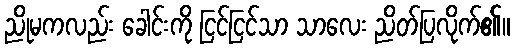
ညိုမကလည်း ခေါင်းကို ငြင်ငြင်သာ သာလေး ညိတ်ပြလိုက်၏။